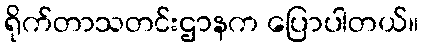
ရိုက်တာသတင်းဌာနက ပြောပါတယ်။